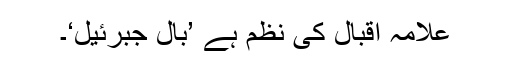
علامہ اقبال کی نظم ہے ’بالِ جبرئیل‘۔